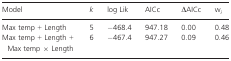
| Model | k | log Lik | AICc | ΔAICc | wi |
 | --- | --- | --- | --- | --- | --- |
 | Max temp + Length | 5 | −468.4 | 947.18 | 0.00 | 0.48 |
 | Max temp + Length + Max temp × Length | 6 | −467.4 | 947.27 | 0.09 | 0.46 |